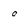
Character: 0